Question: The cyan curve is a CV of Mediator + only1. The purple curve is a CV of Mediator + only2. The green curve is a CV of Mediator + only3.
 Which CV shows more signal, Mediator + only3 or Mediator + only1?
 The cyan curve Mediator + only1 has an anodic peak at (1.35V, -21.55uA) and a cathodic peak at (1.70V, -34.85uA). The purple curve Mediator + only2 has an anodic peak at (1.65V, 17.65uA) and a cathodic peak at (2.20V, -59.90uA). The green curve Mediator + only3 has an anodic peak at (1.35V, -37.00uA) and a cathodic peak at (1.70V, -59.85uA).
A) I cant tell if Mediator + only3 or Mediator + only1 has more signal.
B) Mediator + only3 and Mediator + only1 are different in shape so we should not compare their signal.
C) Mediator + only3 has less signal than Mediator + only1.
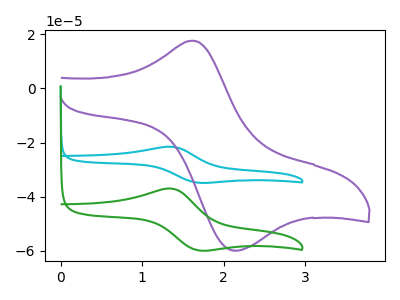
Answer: <think>All the peaks in "Mediator + only3" have a peak in "Mediator + only1" at the same potential.
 </think>
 <answer>A) I cant tell if "Mediator + only3" or "Mediator + only1" has more signal.</answer>
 <eval>A</eval>